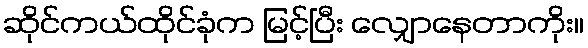
ဆိုင်ကယ်ထိုင်ခုံက မြင့်ပြီး လျှောနေတာကိုး။